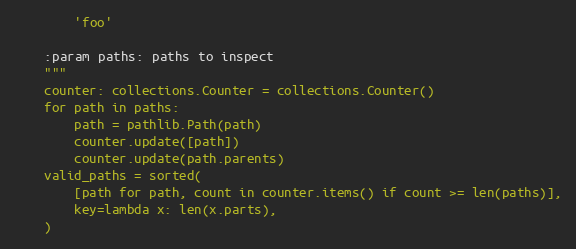
Language: Python
        'foo'

    :param paths: paths to inspect
    """
    counter: collections.Counter = collections.Counter()
    for path in paths:
        path = pathlib.Path(path)
        counter.update([path])
        counter.update(path.parents)
    valid_paths = sorted(
        [path for path, count in counter.items() if count >= len(paths)],
        key=lambda x: len(x.parts),
    )